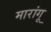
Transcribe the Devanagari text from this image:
मारांगू